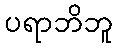
ပရာဘိဘူ